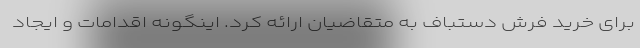
برای خرید فرش دستباف به متقاضیان ارائه کرد. اینگونه اقدامات و ایجاد